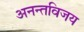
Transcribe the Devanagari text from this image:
अनन्तविजय